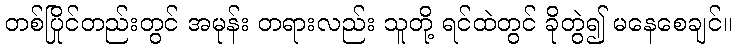
တစ်ပြိုင်တည်းတွင် အမုန်း တရားလည်း သူတို့ ရင်ထဲတွင် ခိုတွဲ၍ မနေစေချင်။